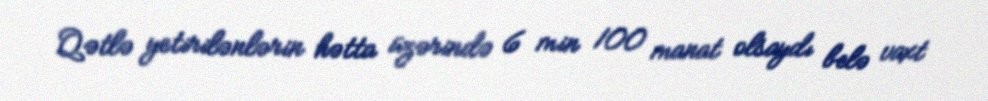
Qətlə yetirilənlərin hətta üzərində 6 min 100 manat olsaydı belə vaxt